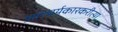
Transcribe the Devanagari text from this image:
आश्चर्यकारकरीत्या